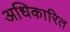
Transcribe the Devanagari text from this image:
अधिकारित